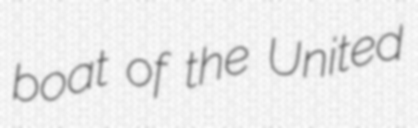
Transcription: boat of the United